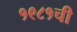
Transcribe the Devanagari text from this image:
१९८१ची